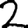
Digit: 2